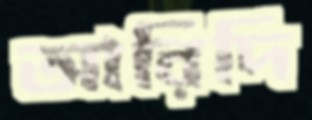
আরিদি